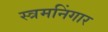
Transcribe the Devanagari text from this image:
स्त्रमनिंगार